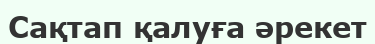
Сақтап қалуға әрекет